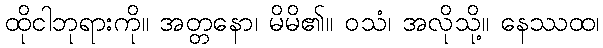
ထိုငါဘုရားကို။ အတ္တနော၊ မိမိ၏။ ဝသံ၊ အလိုသို့။ နေဿထ၊